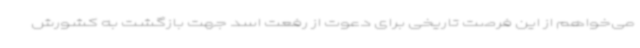
می‌خواهم از این فرصت تاریخی برای دعوت از رفعت اسد جهت بازگشت به کشورش